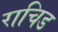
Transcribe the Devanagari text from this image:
राचिड